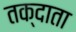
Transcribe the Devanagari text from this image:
तक्दाता